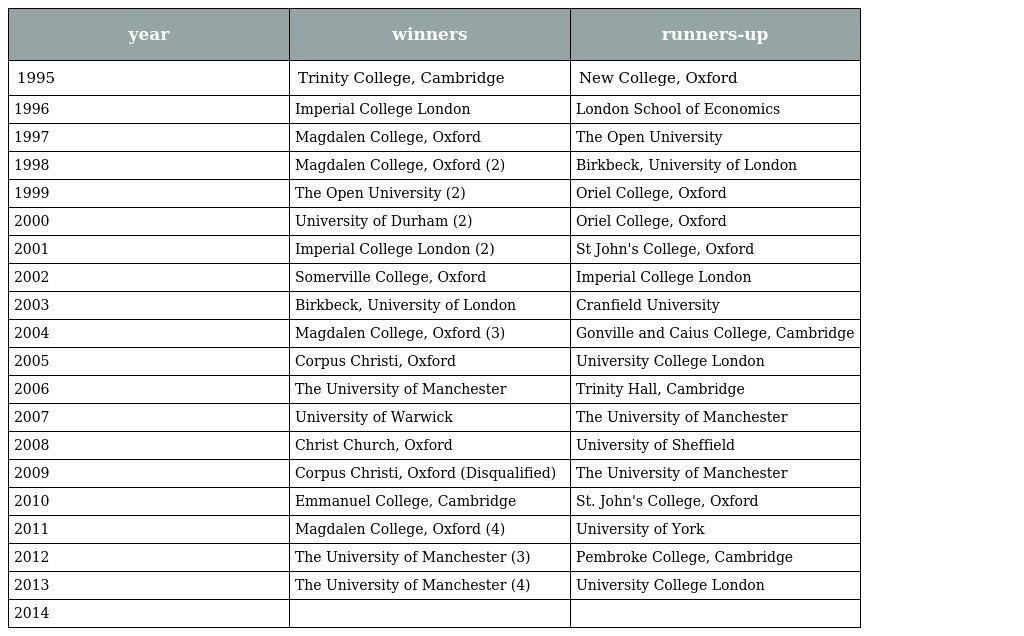
| year | winners | runners-up |
 | --- | --- | --- |
 | 1995 | Trinity College, Cambridge | New College, Oxford |
 | 1996 | Imperial College London | London School of Economics |
 | 1997 | Magdalen College, Oxford | The Open University |
 | 1998 | Magdalen College, Oxford (2) | Birkbeck, University of London |
 | 1999 | The Open University (2) | Oriel College, Oxford |
 | 2000 | University of Durham (2) | Oriel College, Oxford |
 | 2001 | Imperial College London (2) | St John's College, Oxford |
 | 2002 | Somerville College, Oxford | Imperial College London |
 | 2003 | Birkbeck, University of London | Cranfield University |
 | 2004 | Magdalen College, Oxford (3) | Gonville and Caius College, Cambridge |
 | 2005 | Corpus Christi, Oxford | University College London |
 | 2006 | The University of Manchester | Trinity Hall, Cambridge |
 | 2007 | University of Warwick | The University of Manchester |
 | 2008 | Christ Church, Oxford | University of Sheffield |
 | 2009 | Corpus Christi, Oxford (Disqualified) | The University of Manchester |
 | 2010 | Emmanuel College, Cambridge | St. John's College, Oxford |
 | 2011 | Magdalen College, Oxford (4) | University of York |
 | 2012 | The University of Manchester (3) | Pembroke College, Cambridge |
 | 2013 | The University of Manchester (4) | University College London |
 | 2014 |  |  |